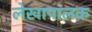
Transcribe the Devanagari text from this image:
लेखापालक